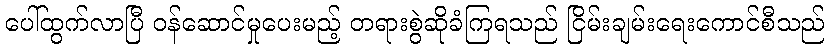
ပေါ်ထွက်လာပြီ ဝန်ဆောင်မှုပေးမည့် တရားစွဲဆိုခံကြရသည် ငြိမ်းချမ်းရေးကောင်စီသည်